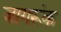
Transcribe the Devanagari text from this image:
जागरूंक